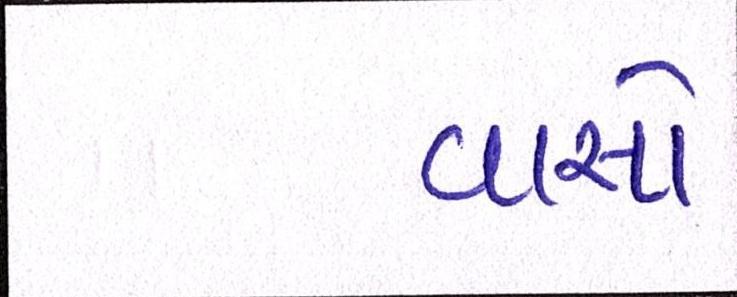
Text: વાસો